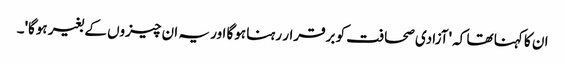
ان کا کہنا تھا کہ 'آزادی صحافت کو برقرار رہنا ہوگا اور یہ ان چیزوں کے بغیر ہوگا'۔